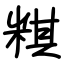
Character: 粸